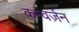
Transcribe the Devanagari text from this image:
कन्वर्ज़न